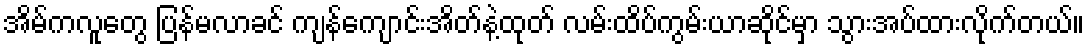
အိမ်ကလူတွေ ပြန်မလာခင် ကျန်ကျောင်းအိတ်နဲ့ထုတ် လမ်းထိပ်ကွမ်းယာဆိုင်မှာ သွားအပ်ထားလိုက်တယ်။